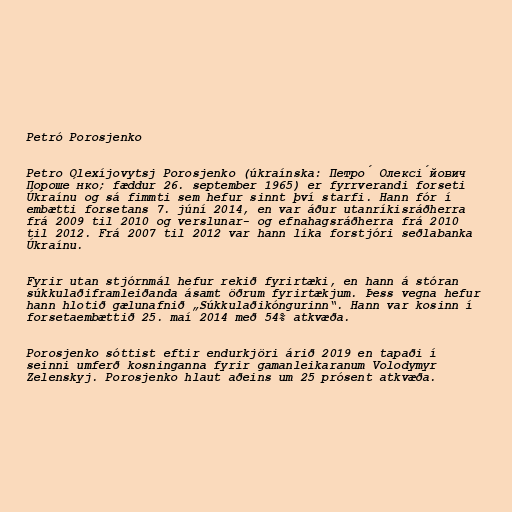
Petró Porosjenko

Petro Olexíjovytsj Porosjenko (úkraínska: Петро́ Олексі́йович
Пороше́нко; fæddur 26. september 1965) er fyrrverandi forseti
Úkraínu og sá fimmti sem hefur sinnt því starfi. Hann fór í
embætti forsetans 7. júní 2014, en var áður utanríkisráðherra
frá 2009 til 2010 og verslunar- og efnahagsráðherra frá 2010
til 2012. Frá 2007 til 2012 var hann líka forstjóri seðlabanka
Úkraínu.

Fyrir utan stjórnmál hefur rekið fyrirtæki, en hann á stóran
súkkulaðiframleiðanda ásamt öðrum fyrirtækjum. Þess vegna hefur
hann hlotið gælunafnið „Súkkulaðikóngurinn“. Hann var kosinn í
forsetaembættið 25. maí 2014 með 54% atkvæða.

Porosjenko sóttist eftir endurkjöri árið 2019 en tapaði í
seinni umferð kosninganna fyrir gamanleikaranum Volodymyr
Zelenskyj. Porosjenko hlaut aðeins um 25 prósent atkvæða.